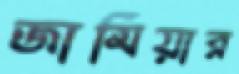
জামিয়ার